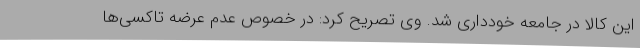
این کالا در جامعه خودداری شد. وی تصریح کرد: در خصوص عدم عرضه تاکسی‌ها